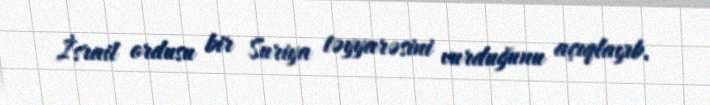
İsrail ordusu bir Suriya təyyarəsini vurduğunu açıqlayıb.